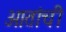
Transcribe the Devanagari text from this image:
आतांची